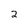
Character: 2